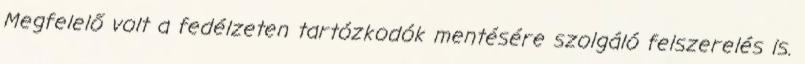
Megfelelő volt a fedélzeten tartózkodók mentésére szolgáló felszerelés is.